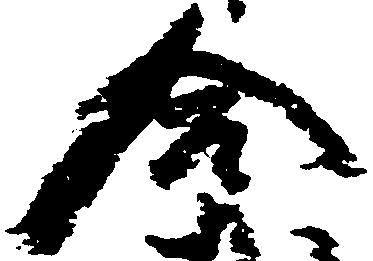
合